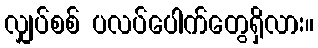
လျှပ်စစ် ပလပ်ပေါက်တွေရှိလား။